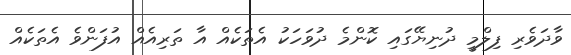
ވާދަވެރި ފިލްމީ ދުނިޔޭގައި ކޮންމެ ދުވަހަކު އެތަކެއް އާ ތަރިއެއް އުފަންވެ އެތަކެއް